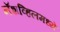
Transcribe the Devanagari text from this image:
नॅशव्हिलमध्ये